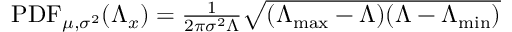
\begin{array} { r } { \mathrm { P D F } _ { \mu , \sigma ^ { 2 } } ( \Lambda _ { x } ) = \frac { 1 } { 2 \pi \sigma ^ { 2 } \Lambda } \sqrt { ( \Lambda _ { \operatorname* { m a x } } - \Lambda ) ( \Lambda - \Lambda _ { \operatorname* { m i n } } ) } } \end{array}